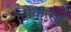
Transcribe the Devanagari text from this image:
तिकित्सा